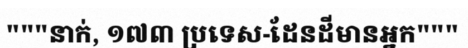
"""នាក់, ១៧៣ ប្រទេស-ដែនដីមានអ្នក"""